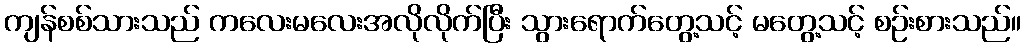
ကျန်စစ်သားသည် ကလေးမလေးအလိုလိုက်ပြီး သွားရောက်တွေ့သင့် မတွေ့သင့် စဉ်းစားသည်။